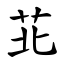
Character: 苝